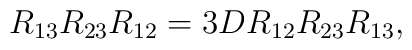
R_{13}  R_{23} R_{12}  =3D R_{12} R_{23} R_{13},